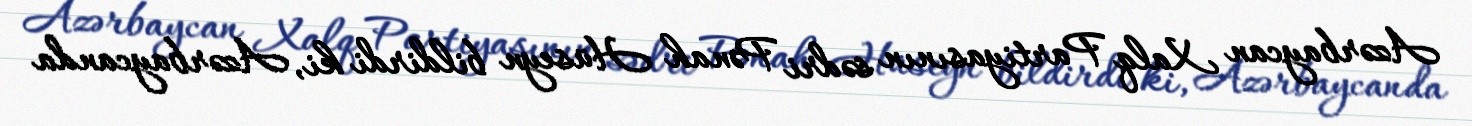
Azərbaycan Xalq Partiyasının sədri Pənah Hüseyn bildirdi ki, Azərbaycanda